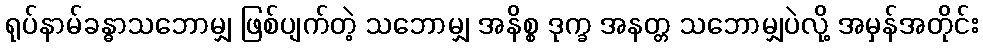
ရုပ်နာမ်ခန္ဓာသဘောမျှ ဖြစ်ပျက်တဲ့ သဘောမျှ အနိစ္စ ဒုက္ခ အနတ္တ သဘောမျှပဲလို့ အမှန်အတိုင်း